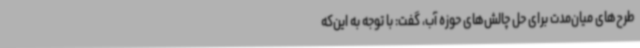
طرح‌های میان‌مدت برای حل چالش‌های حوزه آب، گفت: با توجه به این‌که